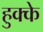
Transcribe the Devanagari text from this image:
हुक्‍के